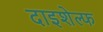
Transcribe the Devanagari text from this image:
दाइशेल्फ